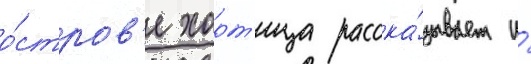
о́стров'е хорт'ица расска́зывает и́